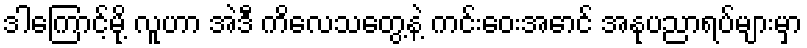
ဒါကြောင့်မို့ လူဟာ အဲဒီ ကိလေသတွေ့နဲ့ ကင်းဝေးအောင် အနုပညာရပ်များမှာ